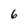
Character: 6